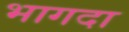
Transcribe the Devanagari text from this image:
भागदा